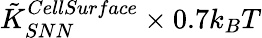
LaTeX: \tilde{K}_{SNN}^{CellSurface}\times 0.7k_{B}T